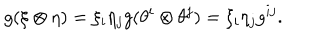
g ( \xi \otimes \eta ) = \xi _ { i } \eta _ { j } g ( \theta ^ { i } \otimes \theta ^ { j } ) = \xi _ { i } \eta _ { j } g ^ { i j } .